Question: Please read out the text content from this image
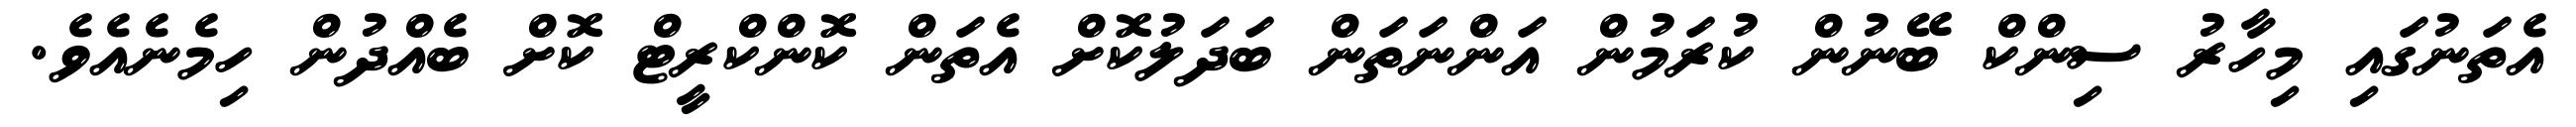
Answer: އެތަނުގައި މިހާރު ސިންކް ބޭނުން ކުރަމުން އަންނަތަން ބަދަލުކޮށް އެތަން ކޮންކްރީޓް ކޮށް ބެއްދުން ހިމެނެއެވެ.